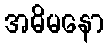
အဓိမနော